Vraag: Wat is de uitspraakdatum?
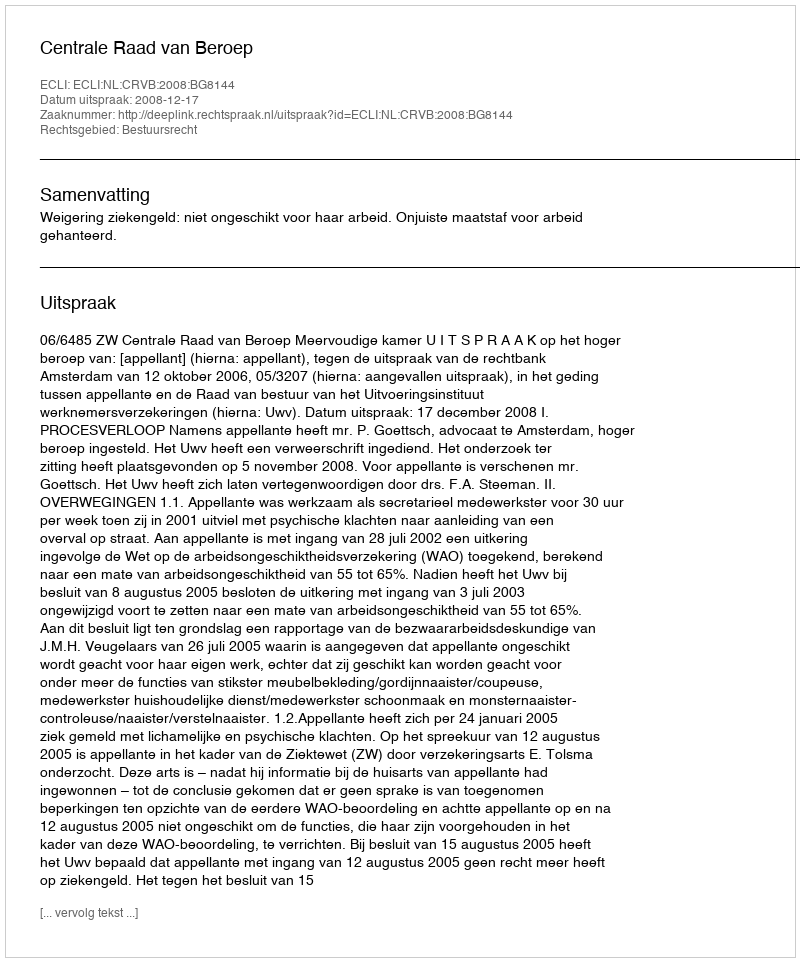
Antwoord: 2008-12-17